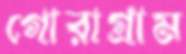
গোরাগ্রাম